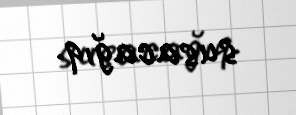
susacağıq.